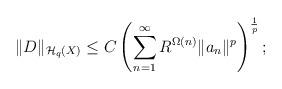
LaTeX: \begin{align*}\|D\|_{\mathcal{H}_q(X)} \leq C \left(\sum_{n=1}^\infty R^{\Omega(n)}\|a_n\|^p\right)^{\frac{1}{p}};\end{align*}